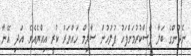
ނެދުންގެ ބަލާ ފާސްކުރުމަށްފަހު ފުލުހުން ސާލިމް ހައްޔަރު ކުރީ އިއްޔެއެވެ. އަދި އޭނާ